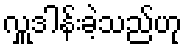
လှူဒါန်းခဲ့သည်ဟု